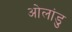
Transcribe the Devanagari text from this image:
ओलांडु